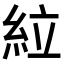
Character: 𫃡